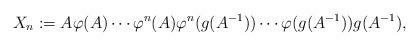
LaTeX: \begin{align*}X_n :=A \varphi (A) \cdots\varphi ^n (A) \varphi ^n (g(A^{-1})) \cdots \varphi (g(A^{-1})) g(A^{-1}),\end{align*}